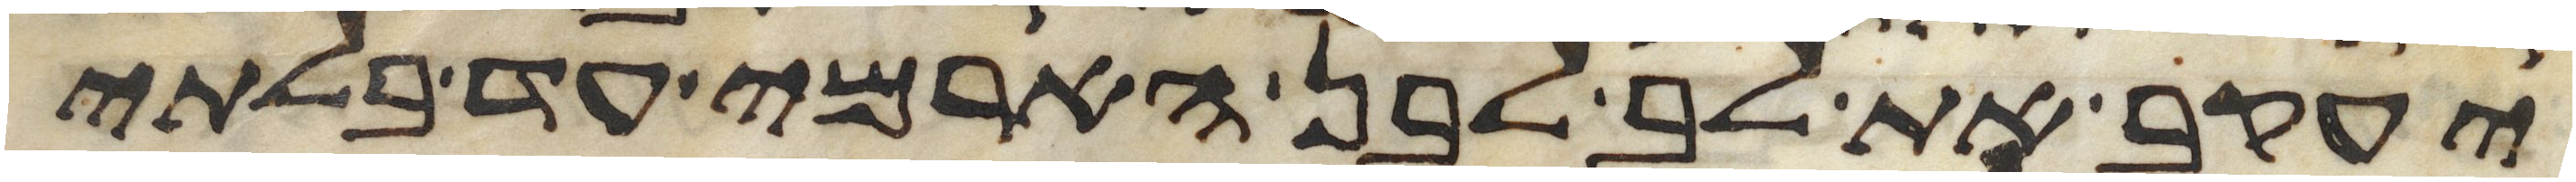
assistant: יעקב את לב לבן הארמי עד בלתי